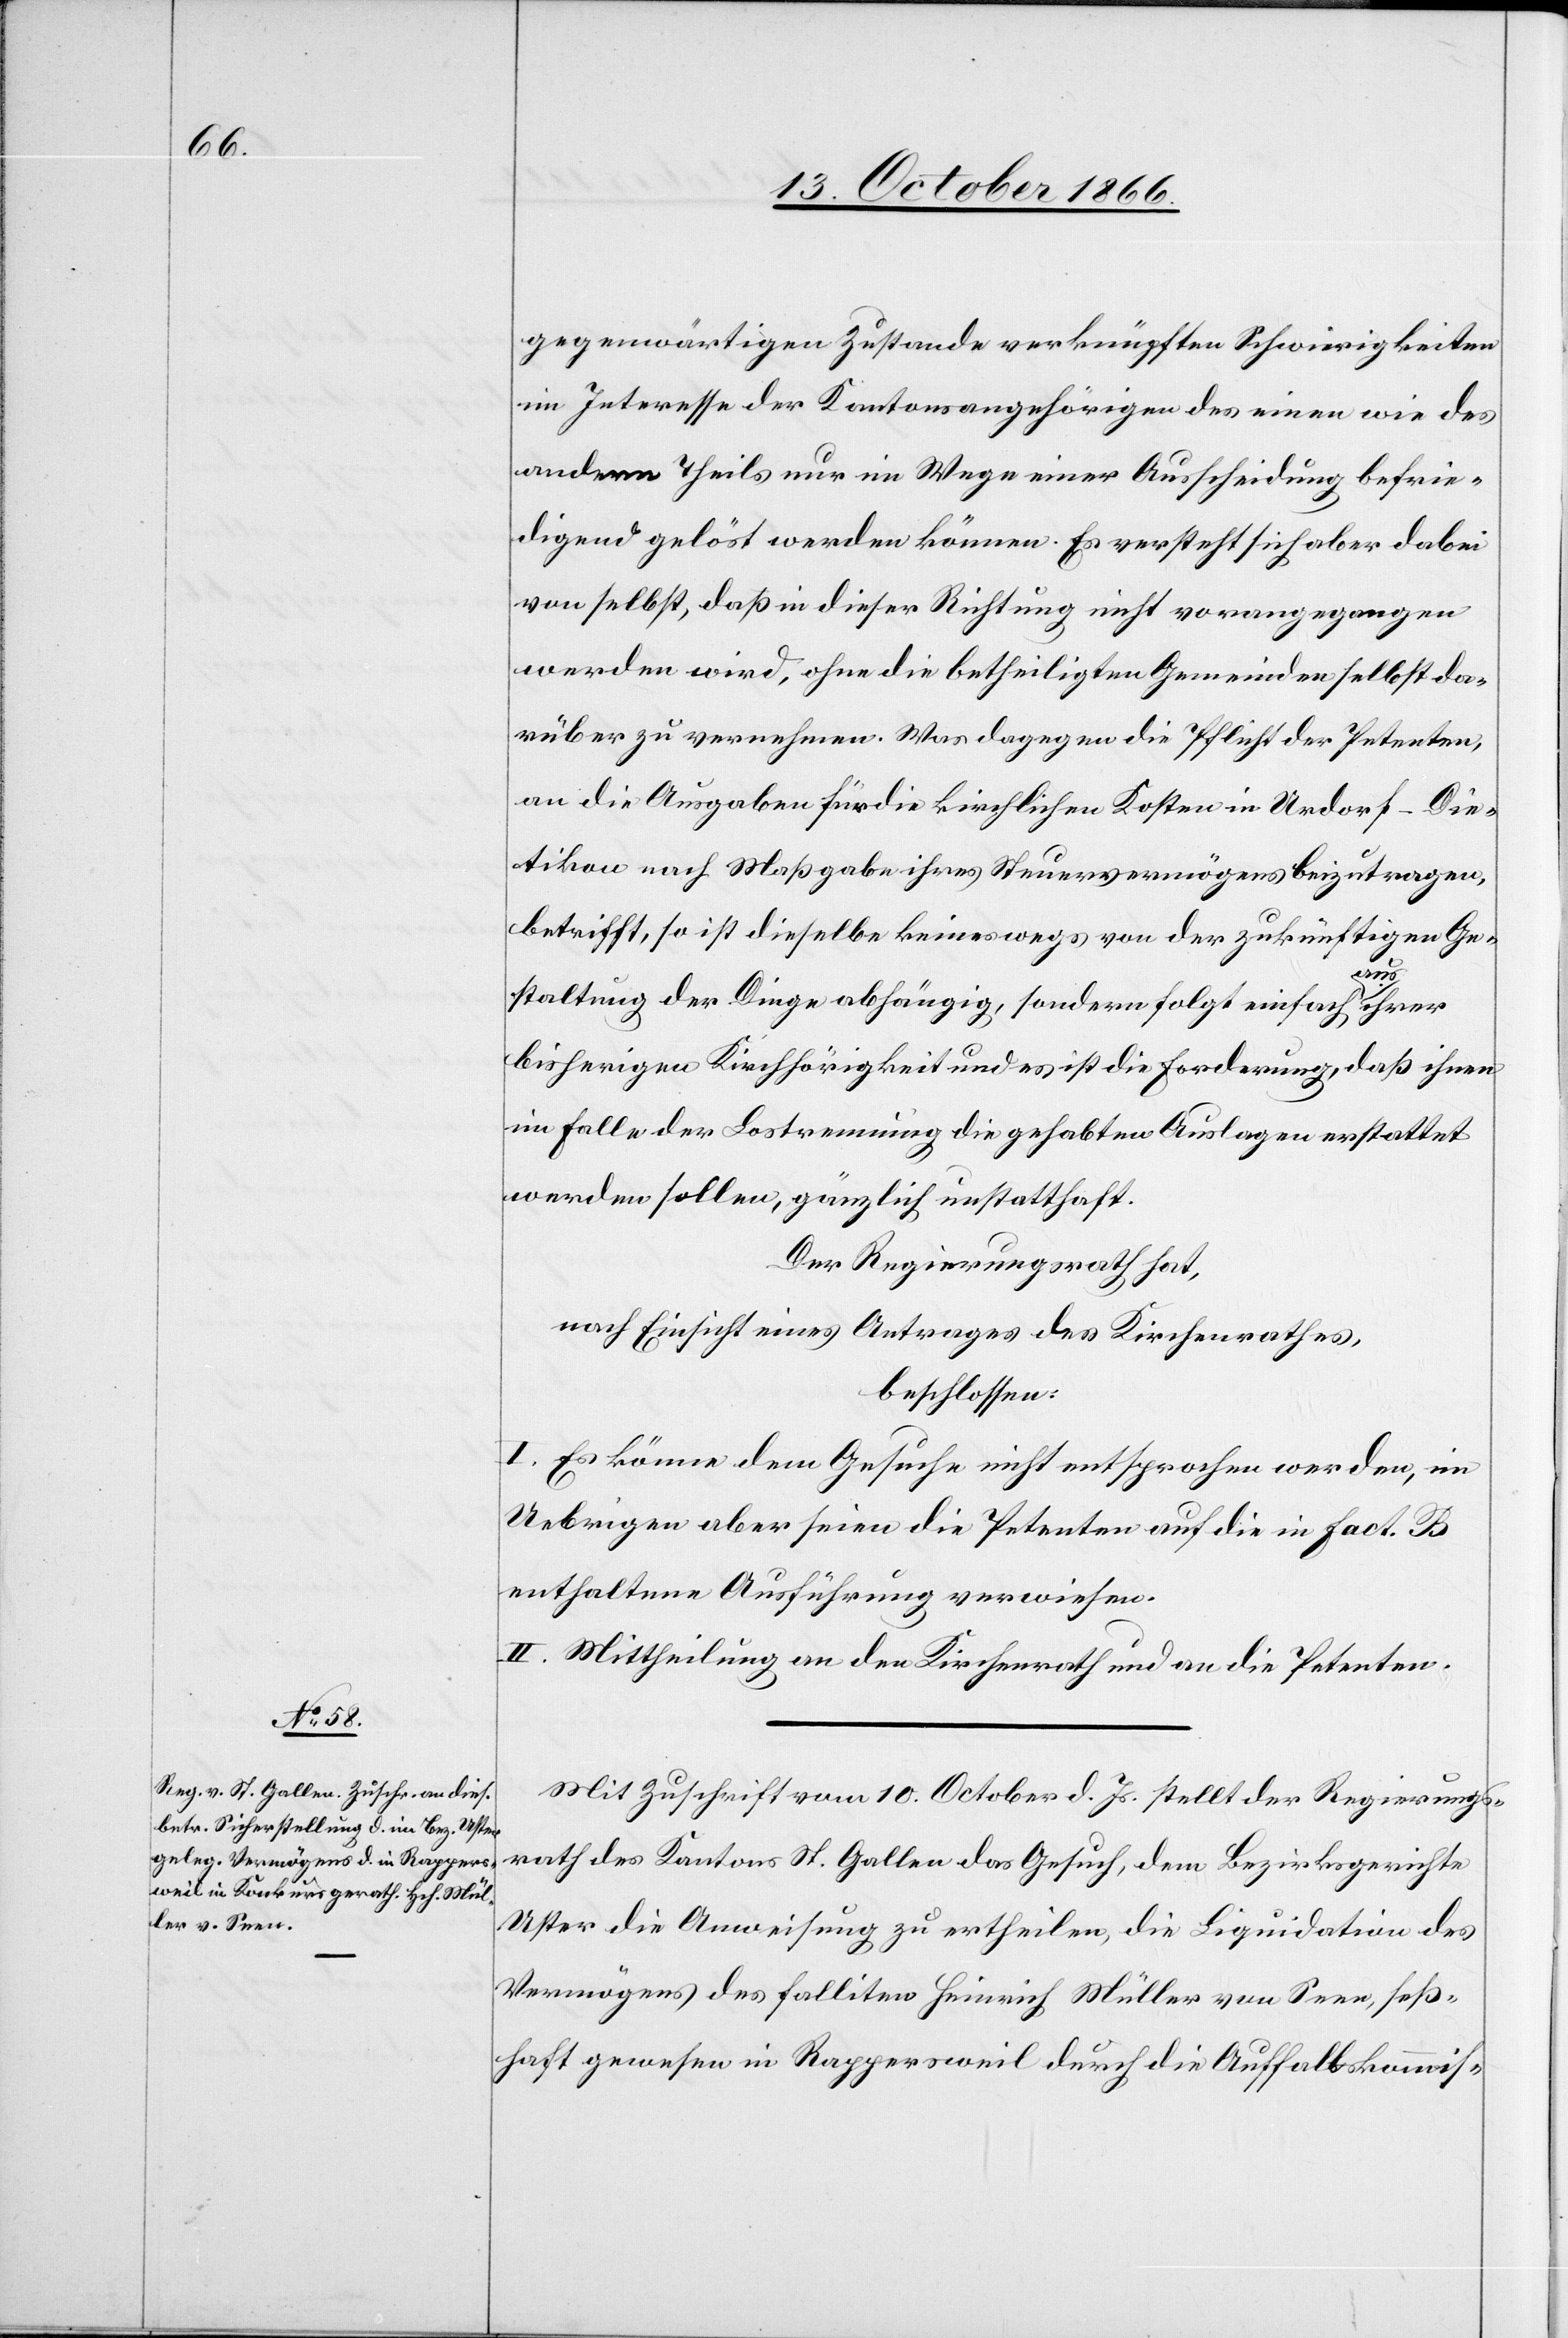
gegenwärtigen Zustande verknüpften Schwierigkeiten
im Interesse der Kantonsangehörigen des einen wie des
andern Theils nur im Wege einer Ausscheidung befrie¬
digend gelöst werden können. Es versteht sich aber dabei
von selbst, daß in dieser Richtung nicht vorangegangen
werden wird, ohne die betheiligten Gemeinden selbst da¬
rüber zu vernehmen. Was dagegen die Pflicht der Petenten,
an die Ausgaben für die kirchlichen Kosten in Urdorf-Die¬
tikon nach Maßgabe ihres Steuervermögens beizutragen,
betrifft, so ist dieselbe keineswegs von der zukünftigen Ge¬
staltung der Dinge abhängig, sondern folgt einfach aus ihrer
bisherigen Kirchhörigkeit und es ist die Forderung, daß ihnen
im Falle der Lostrennung die gehabten Auslagen erstattet
werden sollen, gänzlich unstatthaft.
Der Regierungsrath hat,
nach Einsicht eines Antrages des Kirchenrathes,
beschlossen:
I. Es könne dem Gesuche nicht entsprochen werden, im
Uebrigen aber seien die Petenten auf die in Fact. B
enthaltene Ausführung verwiesen.
II. Mittheilung an den Kirchenrath und an die Petenten.
Mit Zuschrift vom 10. October d. Js. stellt der Regierungs¬
rath des Kantons St. Gallen das Gesuch, dem Bezirksgerichte
Uster die Anweisung zu ertheilen, die Liquidation des
Vermögens des falliten Heinrich Müller von Seen, seß¬
haft gewesen in Rappersweil durch die Auffallskommis-